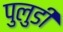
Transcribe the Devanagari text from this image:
पुलुडी